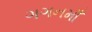
ગગનમાઁ